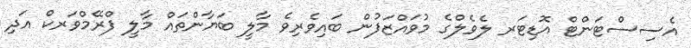
އެސިސްޓަންޓް އޮޑިޓަރ ލެވެލްގެ މުވައްޒަފުން ބައިވެރިވެ މާލީ ބަޔާންތައް މާލީ ފްރޭމްވަރކް އަދި